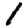
Digit: 1